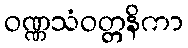
ဝဏ္ဏသံဝတ္တနိကာ